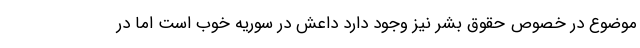
موضوع در خصوص حقوق بشر نیز وجود دارد داعش در سوریه خوب است اما در